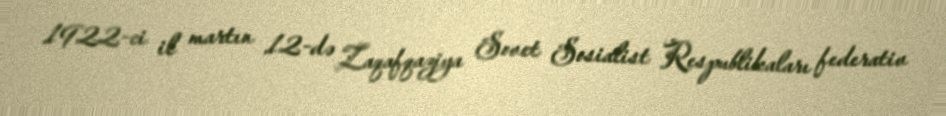
1922-ci il martın 12-də Zaqafqaziya Sovet Sosialist Respublikaları federativ